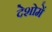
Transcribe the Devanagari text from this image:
देशोमें